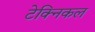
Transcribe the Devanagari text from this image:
टेक्‍िनकल